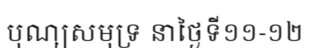
បុណ្យសមុទ្រ នាថ្ងៃទី១១-១២